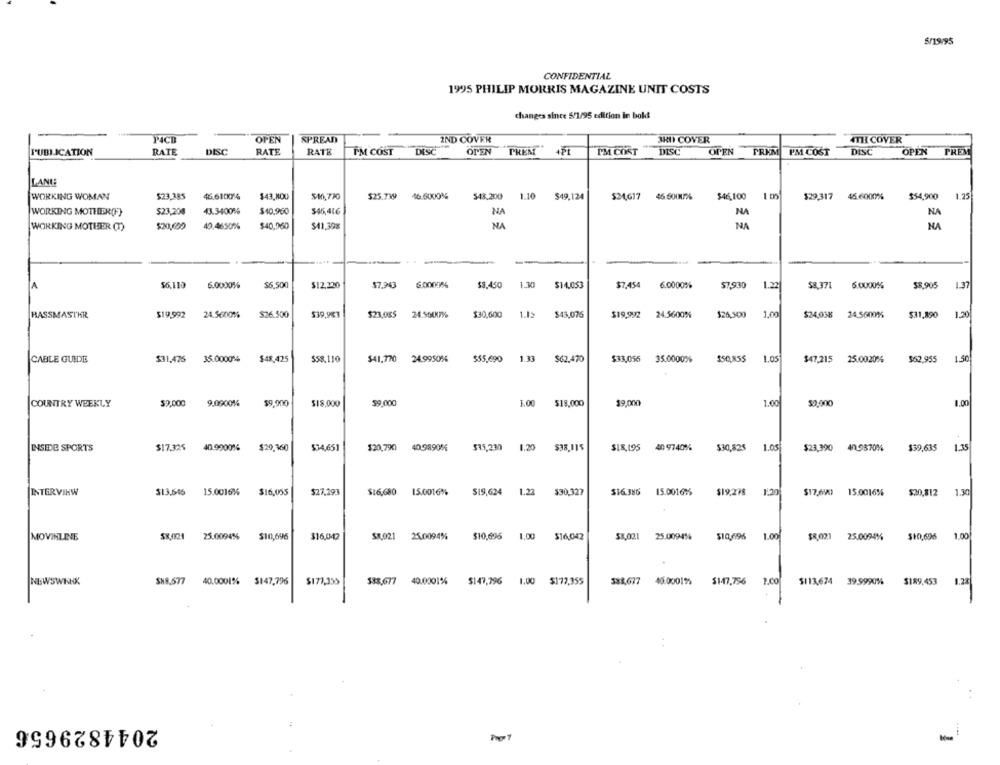
$/19/95
CONFIDENTIAL
1995 PHILIP MORRIS MAGAZINE UNIT COSTS
changes since 5/1/95 edition In boks
-
SPREAD
P4CB
OPEN
IND COVER
3HI COVER
4TH COVER
PUBLICATION
RATE
DISC
RATE
RATE
IM COST
DISC
OPEN
PREM
4PL
PM COST
DISC
OPEN
FREM
PM COST
DISC
OPEN
PREM
LANGE
WORKING WOMAN
$23,385
46.610KY4
$43,800
$40,720
$25.739
46.50008%
$43.200 1.10 $49,124
$24,617
46.6000/%
$46,100
$29,317
46.6000%
$54,900
1.25
WORKING MOTHER(F}
$23,208
43.3400%
$10,960
$46,416
NA
NA
NA
WORKING MOTHER (T)
$20,000
40.4650%%
$40,060
$41,398
NA
NA
NA
$6,110
$7.943
6.0000%
1.30
$7.45
1.37
A
6.0000%%
$6,50
$12,220
$3,450
$14.053
6.0000%
$7,930
1.22
$8,371
6.0000%
58,905
24.5600%
$26.500
$39,983
1.12
$19,992
24.5600%
$26,500
1,00
24.5600%
$31,890
1.30
RASSMASTKR
$19,992
$23,0$$
$30,600
$43,076
$24,038
CABLE GUIDE
$31,476
35.000014
$48,425
$58.110
$41.770
24.9950%
$55,690
1.33
$62.470
$33,056
35.0000%
$50,855
1.05
$47,215
25.0020%
$52,955
1.50
COUNTRY WEEKLY
$9,000
9.09001%
$9.90
$18.000
99.000
1.00
$18,000
19.00
1.00
50.000
1.00
INSIDE SPORTS
$17.325
40.9900%
$20.190
$34,651
$20,79€)
40.9890%
$15,230
1.20
$38,115
$18,195 40 9740%
$30,825
1.05
$23,390
40.9570%
$59,635
1.35
INTERVIEW
$13.646
15.0016%
$16,055
$27,293
$16,680
15.0016%
$19,624
1.22
$30,327
$16.386
15.0016%%
$19,278
1.20
$17,690
15.0016%
$20,812
1.30
MOVINLINE
25.0094%
$10,696
$16,042
SI.021
25.009:4%
$10,696
1.00
$16,042
53,021
25.0094%
$10,695
1.00
$8,021
1.00
25.0094%
$10,696
NEWSWIX
SH8.577
40.0001% $147.796
$177,355
533.677
40.0001%
$147,796 1.00 $177,355
388,677 40.0001%
$1-47,796
1.00
$113,674 399990%
$189,453
1.28
..
2044829656